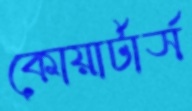
কোয়ার্টার্স